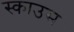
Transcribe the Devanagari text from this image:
स्काउस